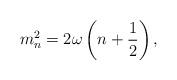
LaTeX: \begin{align*}m_{n}^{2}=2\omega \left( n+\frac{1}{2}\right) , \end{align*}